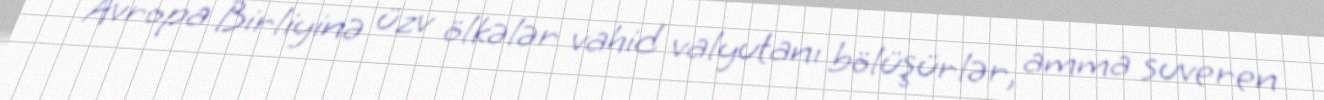
Avropa Birliyinə üzv ölkələr vahid valyutanı bölüşürlər, amma suveren